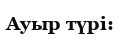
Ауыр түрі: